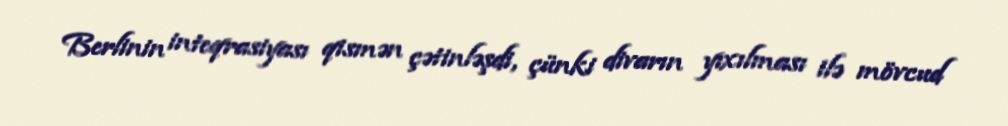
Berlinin inteqrasiyası qismən çətinləşdi, çünki divarın yıxılması ilə mövcud